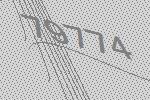
79774